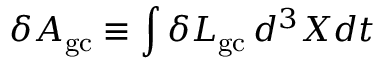
\delta { \cal A } _ { \mathrm { g c } } \equiv \int \delta { \cal L } _ { \mathrm { g c } } \, d ^ { 3 } X d t